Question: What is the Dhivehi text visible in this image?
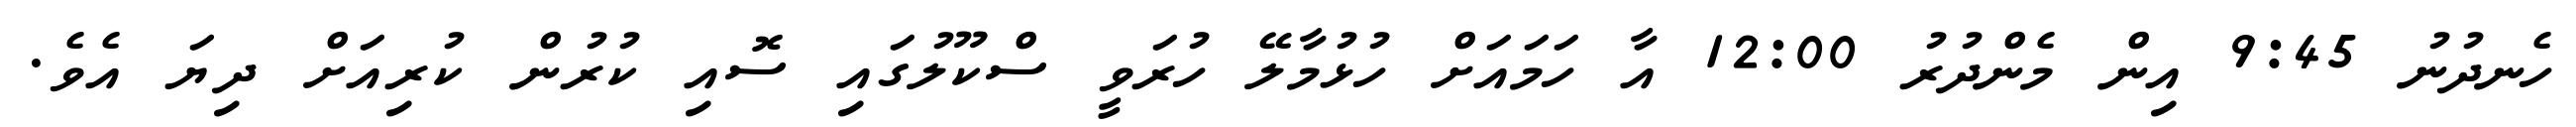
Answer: ހެނދުނު 9:45 އިން މެންދުރު 12:00 އާ ހަމައަށް ހުޅުމާލޭ ހުރަވީ ސްކޫލުގައި ސޮއި ކުރުން ކުރިއަށް ދިޔަ އެވެ.